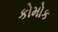
કોમોક